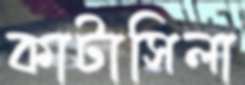
কাটাসিলা